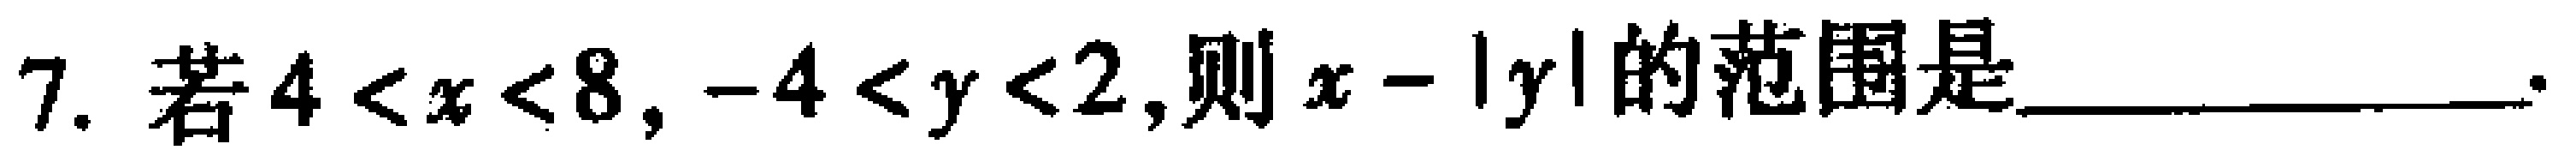
7. 若\(4 < x < 8\)，\(-4 < y < 2\)，则\(x - |y|\)的范围是____________。